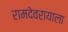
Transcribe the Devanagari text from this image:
रामदेवरायाला